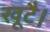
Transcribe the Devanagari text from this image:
खूटै।